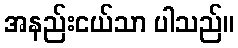
အနည်းငယ်သာ ပါသည်။